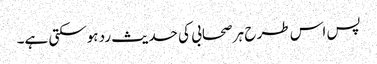
پس اس طر ح ہر صحابی کی حدیث رد ہوسکتی ہے۔